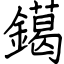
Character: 𨭛